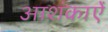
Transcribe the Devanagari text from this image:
आशंकाऐं